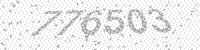
Solution: 776503